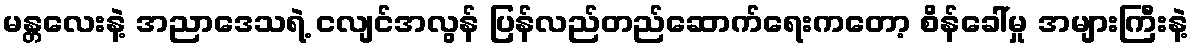
မန္တလေးနဲ့ အညာဒေသရဲ့ ငလျင်အလွန် ပြန်လည်တည်ဆောက်ရေးကတော့ စိန်ခေါ်မှု အများကြီးနဲ့